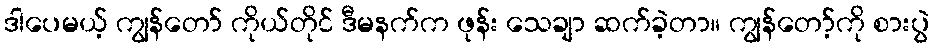
ဒါပေမယ့် ကျွန်တော် ကိုယ်တိုင် ဒီမနက်က ဖုန်း သေချာ ဆက်ခဲ့တာ။ ကျွန်တော့်ကို စားပွဲ